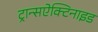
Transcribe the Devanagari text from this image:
ट्रान्सऐक्टिनाइड